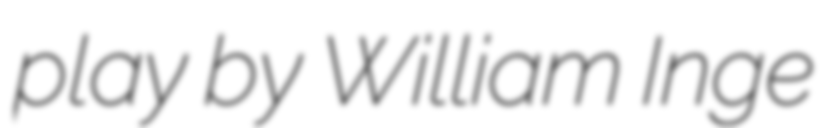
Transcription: play by William Inge